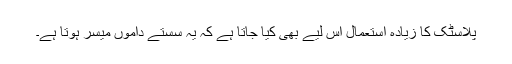
پلاسٹک کا زیادہ استعمال اس لیے بھی کیا جاتا ہے کہ یہ سستے داموں میسر ہوتا ہے۔